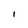
Character: 1